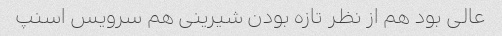
عالى بود هم از نظر تازه بودن شیرینى هم سرویس اسنپ